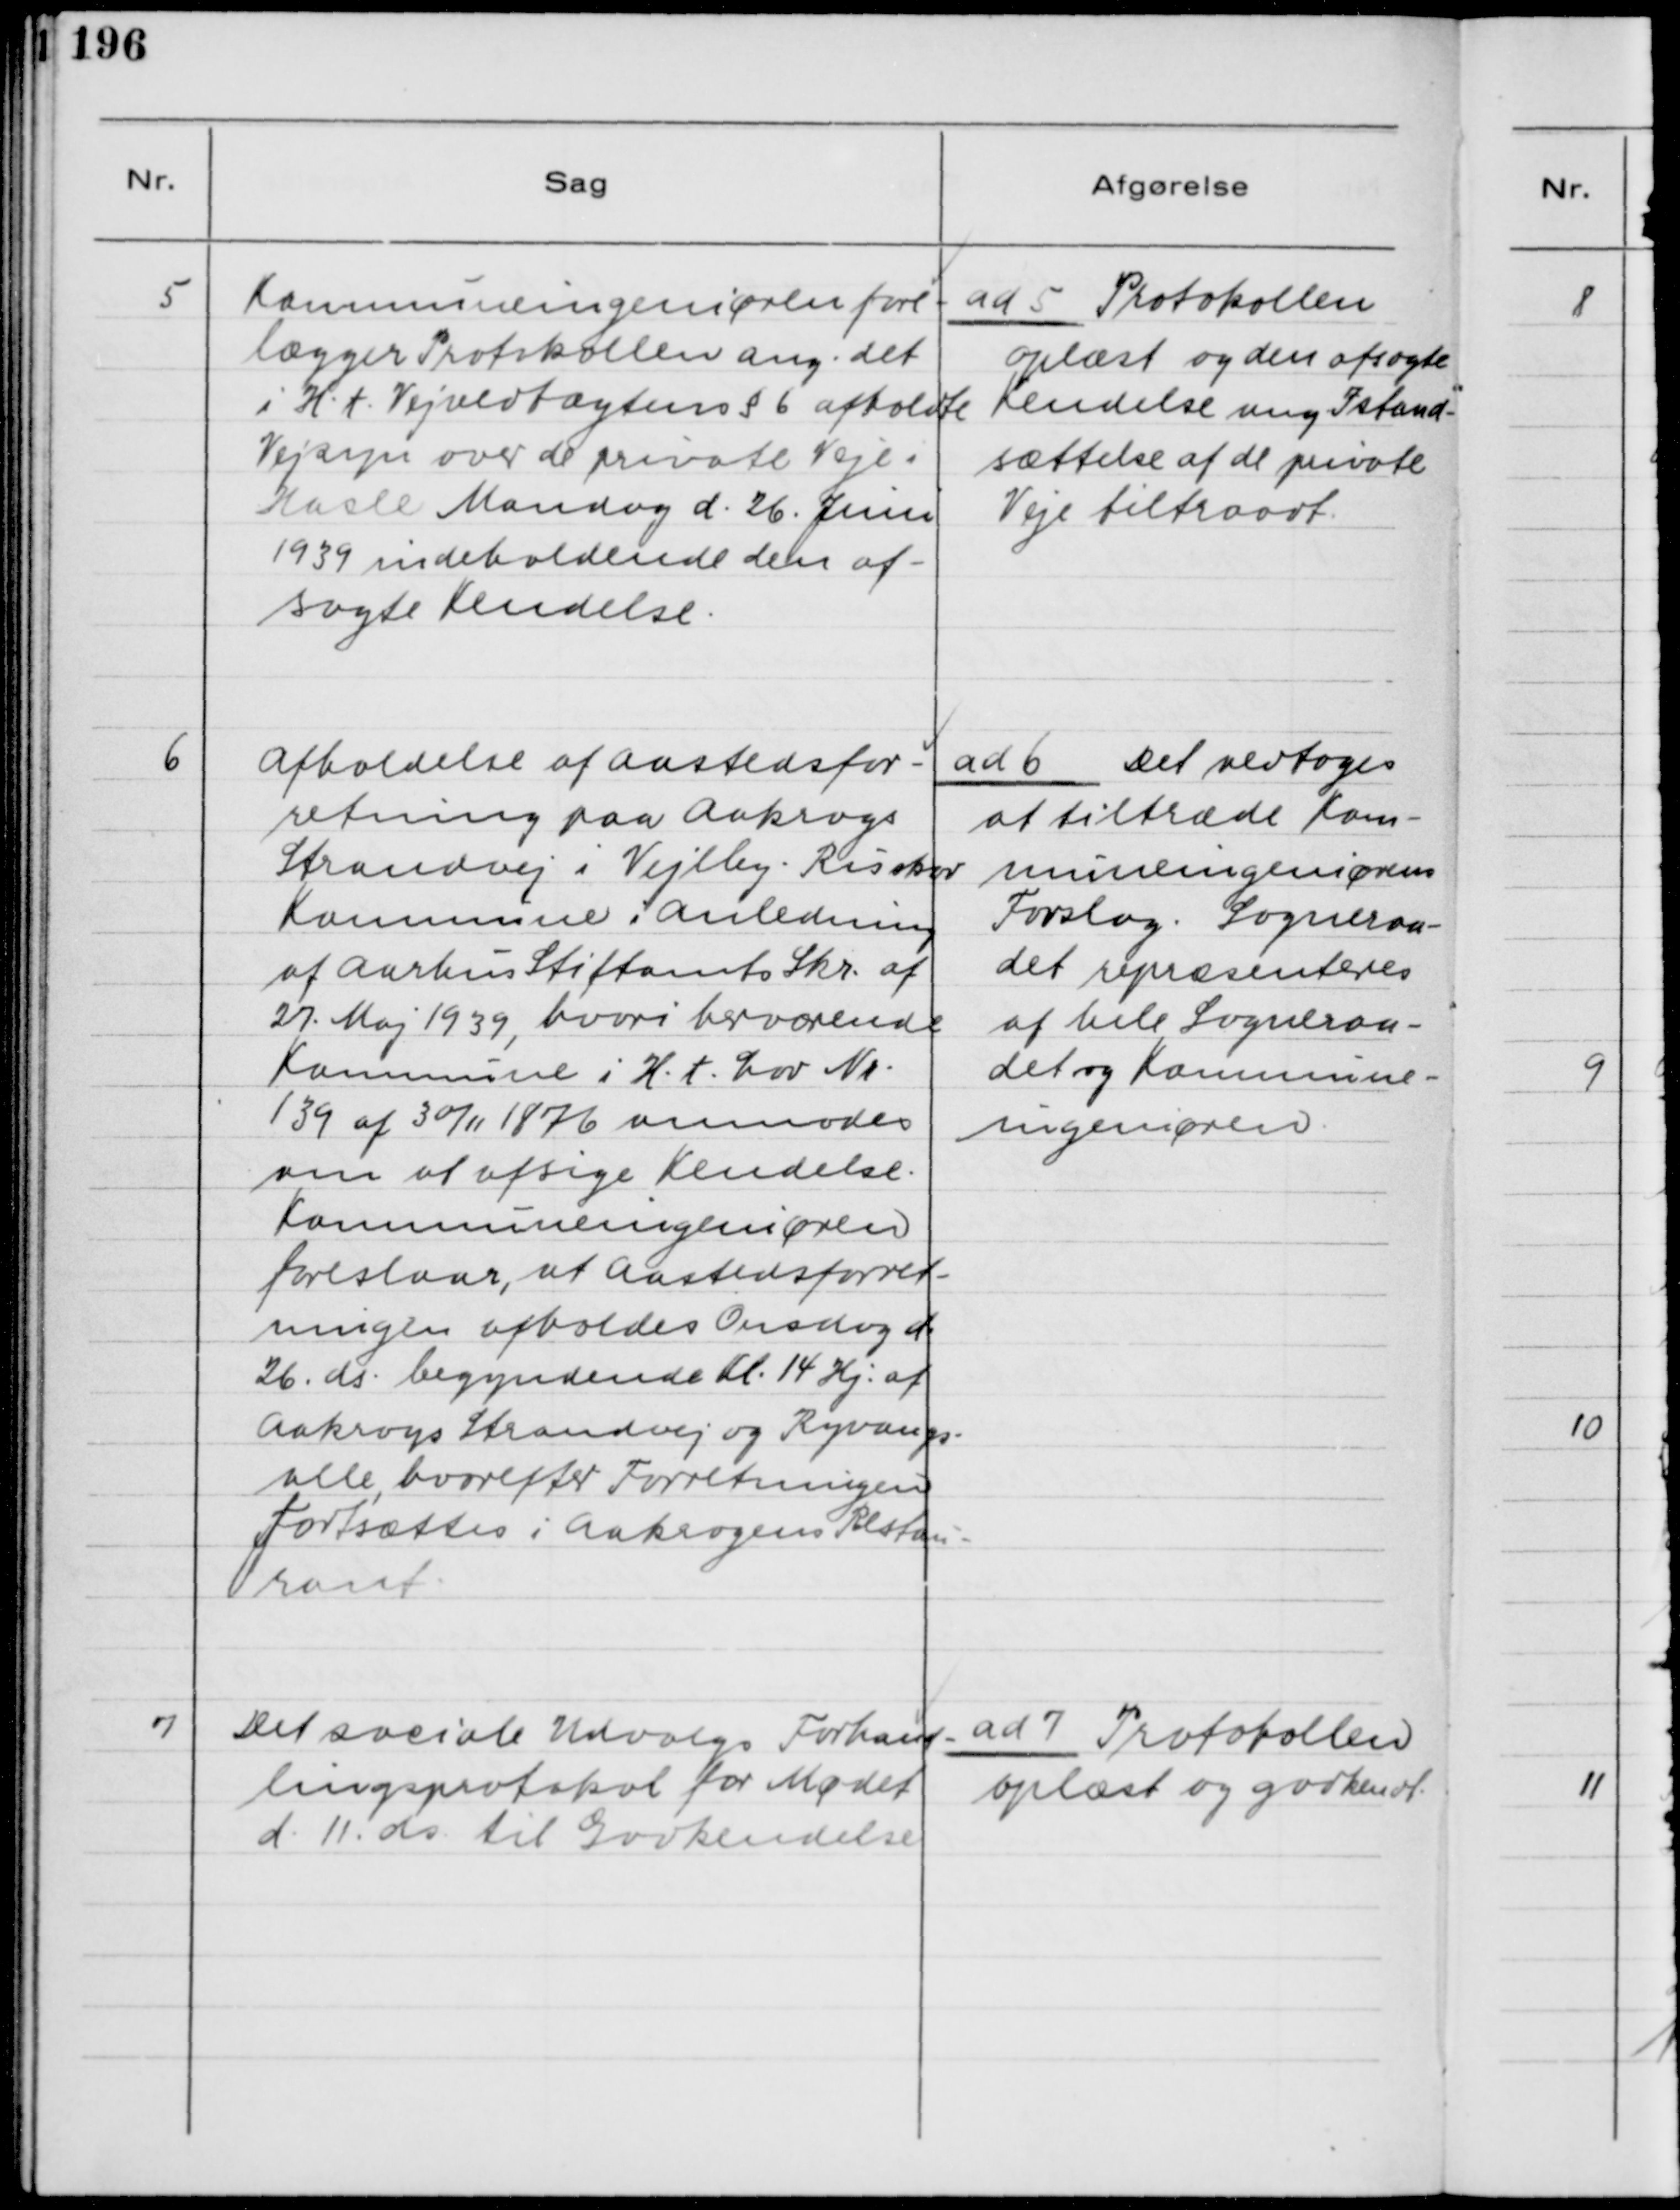
Transskription:
5

Kommuneingeniøren fore-
lægger Protokollen ang. det
i H.t. Vejvedtægtens §6 afholdte
Vejsyn over de private Veje i
Hasle Mandag d. 26. Juni
1939 indeholdende den af-
sagte Kendelse.

ad 5 Protokollen
oplæst og den afsagte
Kendelse ang. Istand-
sættelse af de private
Veje tiltraadt.

6

Afholdelse af Aastedsfor-
retning paa Aakrogs
Strandvej i Vejlby-Risskov
Kommune i Anledning
af Aarhus Stiftamts Skr. af
27. Maj 1939, hvori herværende
Kommune i H.t. Lov Nr.
139 af 30/11 1876 anmodes
om at afsige Kendelse.
Kommuneingeniøren
foreslaar, at Aastedsforret-
ningen afholdes Onsdag d.
26. ds. begyndende Kl. 14 Hj. af
Aakrogs Strandvej og Ryvangs-
alle, hvorefter Forretningen
Fortsættes i Aakrogens Restau-
rant.

ad 6 Det vedtoges
at tiltræde Kom-
muneingeniørens
Forslag. Sogneraa-
det repræsentanteres
af hele Sogneraa-
det og Kommune-
ingeniøren.

7

Det sociale Udvalgs Forhand-
lingsprotokol for Mødet
d. 11. ds. til Godkendelse

ad 7 Protokollen
oplæst og godkendt.